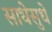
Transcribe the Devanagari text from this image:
साधेसुधे